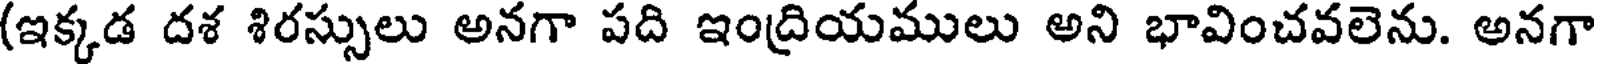
(ఇక్కడ దశ శిరస్సులు అనగా పది ఇంద్రియములు అని భావించవలెను. అనగా